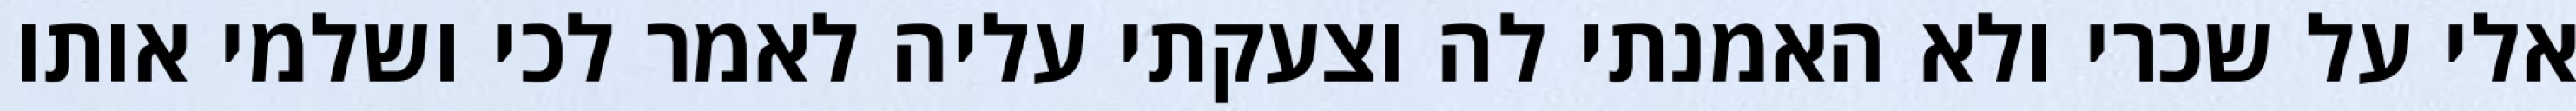
אלי על שכרי ולא האמנתי לה וצעקתי עליה לאמר לכי ושלמי אותו